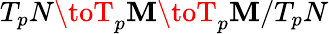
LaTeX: T_{p}N\toT_{p}\mathbf{M}\toT_{p}\mathbf{M}/T_{p}N